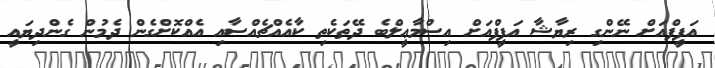
އަފީފްއަށް ނޭންގި ރިޔާޝާ އަފީފްއަށް އިސްމާޢީލްބެ ދޭތަކެތި ކާއެއްޗެއްސާއި އެއްކޮށްގެން ދެމުން ގެންދިޔައީ